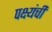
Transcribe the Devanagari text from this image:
पक्ष्यंची